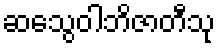
ဆသွေဝါဘိဇာတီသု